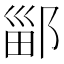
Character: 䣎